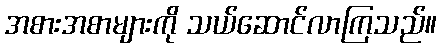
အစားအစာများကို သယ်ဆောင်လာကြသည်။